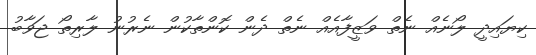
ކިޔައިދީ ލޯނެއް ނެތް ވަޒީފާއެއް ނެތް ދެން ކޮންތާކުން ނެރުނު ލާރިތޯ ޖަވާބު